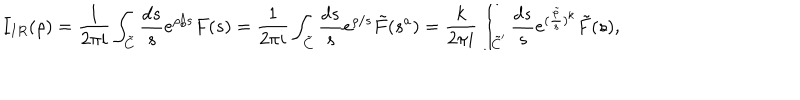
LaTeX: I _ { I R } ( \rho ) = \frac { 1 } { 2 \pi i } \int _ { \tilde { C } } \frac { d s } { s } e ^ { \rho / s } F ( s ) = \frac { 1 } { 2 \pi i } \int _ { \tilde { C } } \frac { d s } { s } e ^ { \rho / s } \tilde { F } ( s ^ { a } ) = \frac { k } { 2 \pi i } \int _ { \tilde { C } ^ { \prime } } \frac { d s } { s } e ^ { ( \frac { \tilde { \rho } } { s } ) ^ { k } } \tilde { F } ( s ) ,